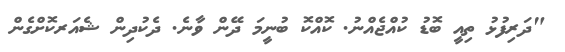
"ދަރިފުޅު ތިއީ ބޮޑު ކުއްޖެއްނު. ކޮއްކޮ ބުނީމަ ދޭން ވާނެ. ދެކުދިން ޝެއަރކޮށްގެން